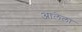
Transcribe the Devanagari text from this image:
अालेला